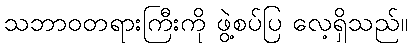
သဘာဝတရားကြီးကို ဖွဲ့စပ်ပြ လေ့ရှိသည်။